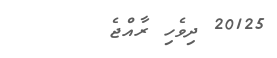
20125 ދިވެހި ރާއްޖެ